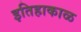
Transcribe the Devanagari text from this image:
इतिहाकाळ